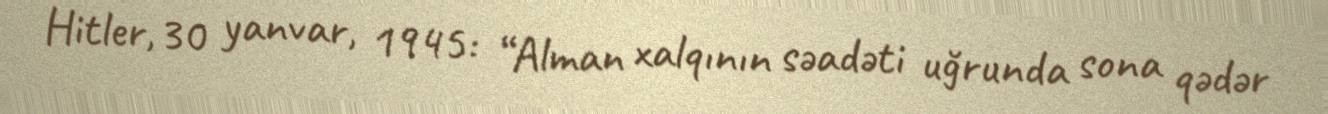
Hitler, 30 yanvar, 1945: “Alman xalqının səadəti uğrunda sona qədər